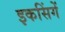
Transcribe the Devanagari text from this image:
इकसिंगें